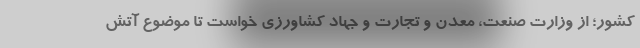
کشور؛ از وزارت صنعت، معدن و تجارت و جهاد کشاورزی خواست تا موضوع آتش